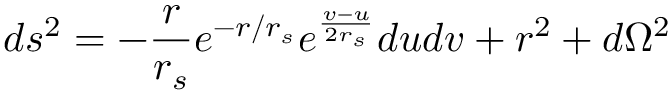
d s ^ { 2 } = - \frac { r } { r _ { s } } e ^ { - r / r _ { s } } e ^ { \frac { v - u } { 2 r _ { s } } } d u d v + r ^ { 2 } + d \Omega ^ { 2 }